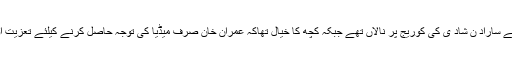
مظاہرین اپنے بچوں کی بجائے ساراد ن شاد ی کی کوریج پر نالاں تھے جبکہ کچھ کا خیال تھاکہ عمران خان صرف میڈیا کی توجہ حاصل کرنے کیلئے تعزیت اور دکھ کا اظہار کرتے ہیں ۔